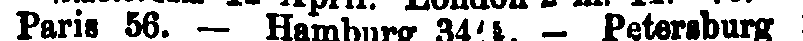
Paris 56. — Hamburg 34 ¹/ - Petersburg